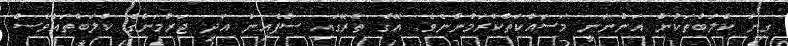
ގިނަ ކްލަބްތަކުން އަންނަނީ މަސައްކަތްކުރަމުންނެވެ. އޭގެ ތެރޭގައި ސްޕެއިން އަދި ޖަރުމަންގެ ކްލަބްތައްވެސް